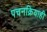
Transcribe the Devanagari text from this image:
पचनक्रियाही